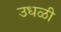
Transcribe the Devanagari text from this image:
उधळी